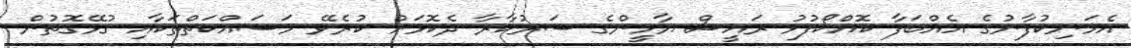
އެމަނިކުފާނުގެ އެއްބަފާ ކޮއްކޯފުޅު ރައީސް ޔާމީންގެ ސަރުކާރާ ދެކޮޅަށް ކުރެވޭ މަސައްކަތްތަކާއި ގުޅޭގޮތުން